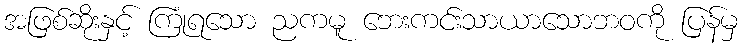
အဖြစ်ဆိုးနှင့် ကြုံရသော ညကမူ ဘေးကင်းသာယာသောဘဝကို ပြန်မှ